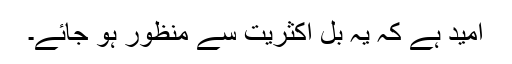
امید ہے کہ یہ بل اکثریت سے منظور ہو جائے۔